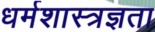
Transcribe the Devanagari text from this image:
धर्मशास्त्रज्ञता